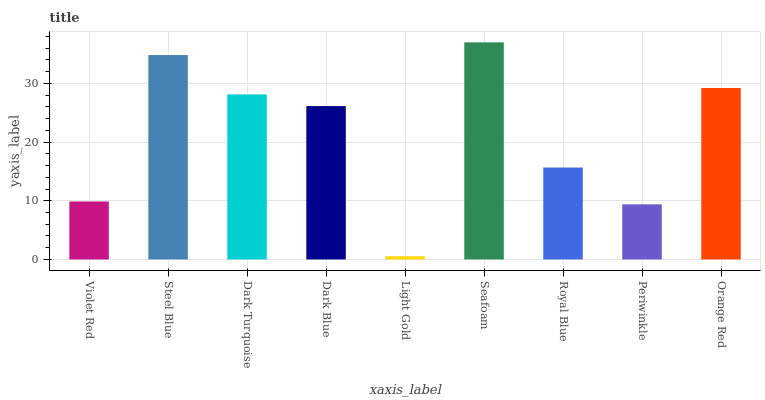
| xaxis_label | bars |
 | --- | --- |
 | Violet Red | 9.88 |
 | Steel Blue | 34.8 |
 | Dark Turquoise | 28.1 |
 | Dark Blue | 26.1 |
 | Light Gold | 0.544 |
 | Seafoam | 37 |
 | Royal Blue | 15.7 |
 | Periwinkle | 9.39 |
 | Orange Red | 29.2 |